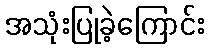
အသုံးပြုခဲ့ကြောင်း